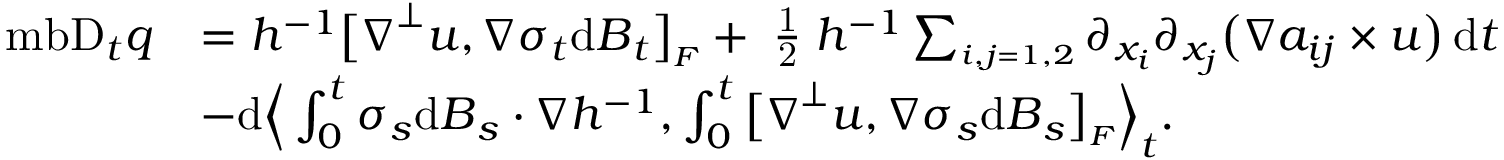
\begin{array} { r l } { \mathrm { \ m b { D } } _ { t } q } & { = h ^ { - 1 } \big [ \boldsymbol { \nabla } ^ { \perp } \boldsymbol { u } , \boldsymbol { \nabla } \boldsymbol { \sigma } _ { t } \mathrm { d } \boldsymbol { B } _ { t } \big ] _ { \scriptscriptstyle F } + \mathrm { \scriptsize ~ \frac { 1 } { 2 } ~ } h ^ { - 1 } \sum _ { \scriptscriptstyle i , j = 1 , 2 } \partial _ { x _ { i } } \partial _ { x _ { j } } \big ( \boldsymbol { \nabla } a _ { i j } \times \boldsymbol { u } \big ) \, \mathrm { d } t } \\ & { - \mathrm { d } \Big \langle \int _ { 0 } ^ { t } \boldsymbol { \sigma } _ { s } \mathrm { d } \boldsymbol { B } _ { s } \boldsymbol { \cdot } \boldsymbol { \nabla } h ^ { - 1 } , \int _ { 0 } ^ { t } \big [ \boldsymbol { \nabla } ^ { \perp } \boldsymbol { u } , \boldsymbol { \nabla } \boldsymbol { \sigma } _ { s } \mathrm { d } \boldsymbol { B } _ { s } \big ] _ { \scriptscriptstyle F } \Big \rangle _ { t } . } \end{array}